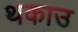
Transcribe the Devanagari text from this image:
थकाउ